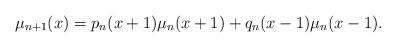
LaTeX: \begin{align*}\mu_{n+1}(x) = p_n(x+1)\mu_n(x+1) + q_n(x-1)\mu_n(x-1).\end{align*}